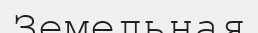
Земельная